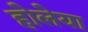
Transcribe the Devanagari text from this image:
होलेया